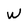
Character: W